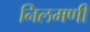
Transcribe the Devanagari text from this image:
निलमणी